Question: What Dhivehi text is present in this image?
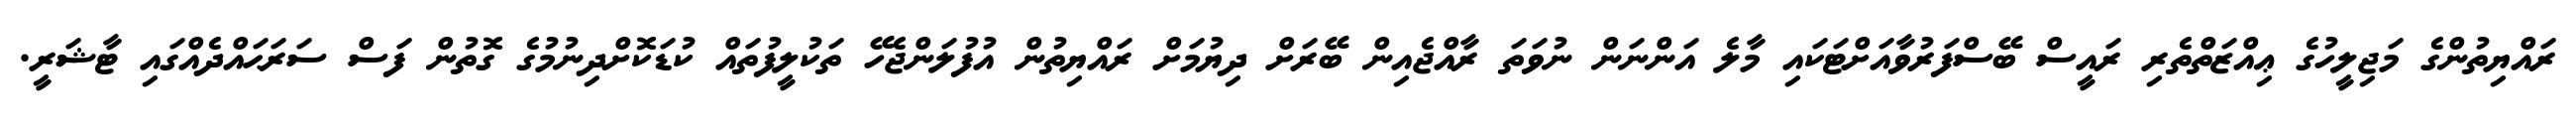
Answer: ރައްޔިތުންގެ މަޖިލީހުގެ ޢިއްޒަތްތެރި ރައީސް ބޭސްފަރުވާއަށްޓަކައި މާލެ އަންނަން ނުވަތަ ރާއްޖެއިން ބޭރަށް ދިޔުމަށް ރައްޔިތުން އުފުލަންޖެހޭ ތަކުލީފުތައް ކުޑަކޮށްދިނުމުގެ ގޮތުން ފަސް ސަރަޙައްދެއްގައި ޓާޝަރީ.